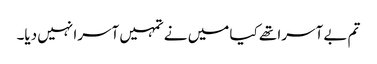
تم بے آسرا تھے کیا میں نے تمہیں آسرا نہیں دیا۔